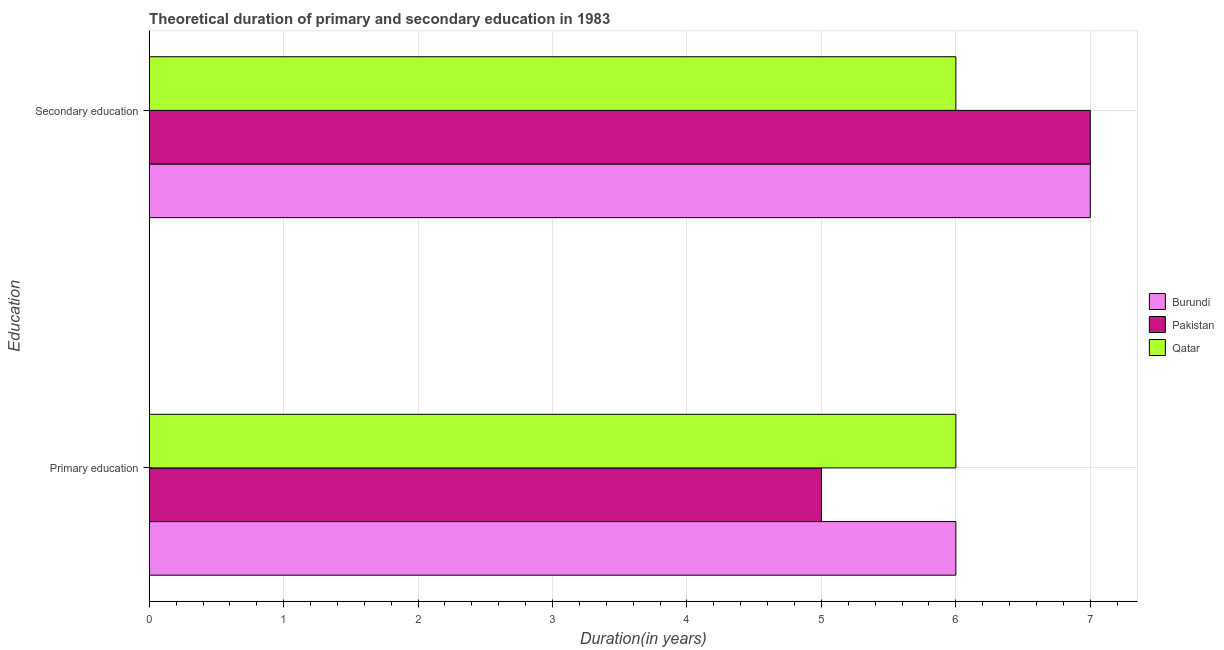
| Education | Burundi | Pakistan | Qatar |
 | --- | --- | --- | --- |
 | Primary education | 6 | 5 | 6 |
 | Secondary education | 7 | 7 | 6 |